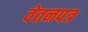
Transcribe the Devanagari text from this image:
वेतनपत्र